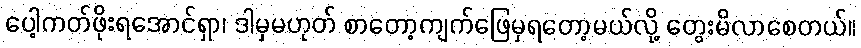
ပေါ့ကတ်ဖိုးရအောင်ရှာ၊ ဒါမှမဟုတ် စာတော့ကျက်ဖြေမှရတော့မယ်လို့ တွေးမိလာစေတယ်။